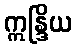
ဣန္ဒြိယ